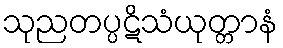
သုညတပ္ပဋိသံယုတ္တာနံ